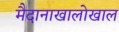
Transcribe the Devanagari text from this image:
मैदानाखालोखाल